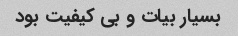
بسیار بیات و بی کیفیت بود